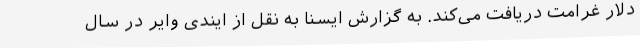
دلار غرامت دریافت می‌کند. به گزارش ایسنا به نقل از ایندی وایر در سال